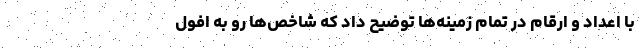
با اعداد و ارقام در تمام زمینه‌ها توضیح داد که شاخص‌ها رو به افول